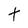
Character: t